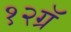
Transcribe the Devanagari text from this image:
१२ग्रॅ